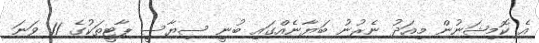
އެ ކޮމިޝަނުން މިއަދު ނެރުނު ބަޔާނެއްގައި ބުނީ ސިޔާސީ ޕާޓީތަކުގެ 11 ވަނަ